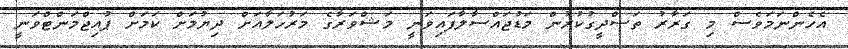
އެހެންނަމަވެސް މި ގަރާރު ތަސްދީގުކުރުން މަޑުޖައްސާލާފައިވަނީ މަޝްވަރާގެ މަރުހަލާއަށް ދިޔުމަށް ކަމަށް ޕުއިޖްމަންޓްވަނީ